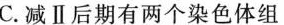
C.减Ⅱ后期有两个染色体组